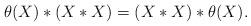
LaTeX: \begin{align*}\theta (X) \ast ( X\ast X ) = ( X\ast X )\ast \theta (X) . \end{align*}